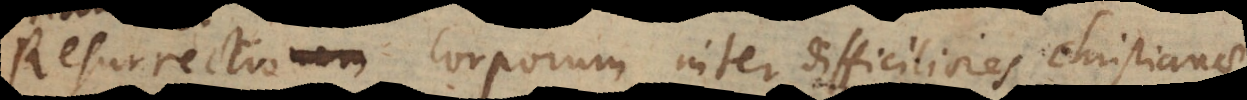
Resurrectio Corporum inter difficiliores C